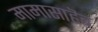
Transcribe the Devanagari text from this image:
मामासाहॆब